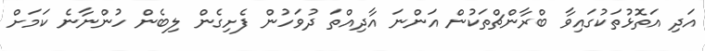
އަދި އަތޮޅުތަކުގައިވާ ބްރާންޗްތަކުން އަންނަ އާދިއްތަ ދުވަހުން ފެށިގެން ލިބެން ހުންނާނެ ކަމަށް